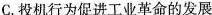
C.投机行为促进工业革命的发展